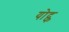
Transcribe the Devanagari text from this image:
योद्फ